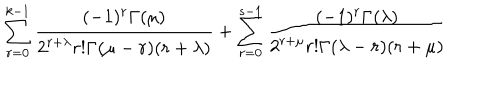
LaTeX: \sum _ { r = 0 } ^ { k - 1 } \frac { ( - 1 ) ^ { r } \Gamma ( \mu ) } { 2 ^ { r + \lambda } r ! \Gamma ( \mu - r ) ( r + \lambda ) } + \sum _ { r = 0 } ^ { s - 1 } \frac { ( - 1 ) ^ { r } \Gamma ( \lambda ) } { 2 ^ { r + \mu } r ! \Gamma ( \lambda - r ) ( r + \mu ) }